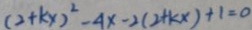
( 2 + k x ) ^ { 2 } - 4 x - 2 ( 2 + k x ) + 1 = 0